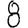
Digit: 8